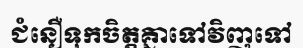
ជំនឿទុកចិត្តគ្នាទៅវិញទៅ